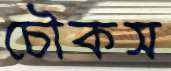
চৌকস